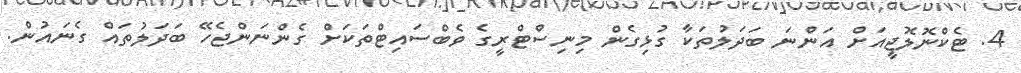
4. ޓެކްނޮލޮޖީއަށް އަންނަ ބަދަލުތަކާ ގުޅިގެން މިނިސްޓްރީގެ ވެބްސައިޓްތަކަށް ގެންނަންޖެހޭ ބަދަލުތައް ގެނައުން.